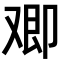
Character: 𪠂